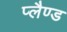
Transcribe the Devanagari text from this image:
प्लैण्ड